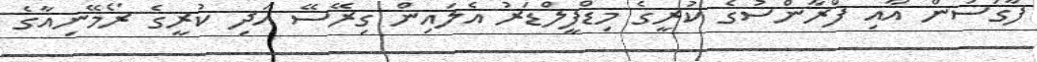
ފާގަސަން އާއި ފްރާންސުގެ ކުރީގެ މިޑްފީލްޑަރު އެލައިން ގިރޭސޭ އަދި ކުރީގެ ރޯމޭނިއާގެ